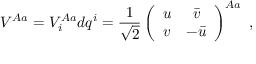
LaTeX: V ^ { A a } = V _ { i } ^ { A a } d q ^ { i } = \frac { 1 } { \sqrt { 2 } } \left( \begin{array} { c c } { { u } } & { { \bar { v } } } \\ { { v } } & { { - \bar { u } } } \end{array} \right) ^ { A a } \ ,